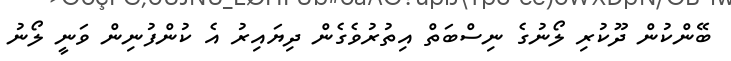
ބޭންކުން ދޫކުރި ލޯނުގެ ނިސްބަތް އިތުރުވެގެން ދިޔައިރު އެ ކުންފުނިން ވަނީ ލޯނު